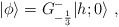
\begin{align*} \vert\phi\rangle=G^-_{-{1\over3}}\vert{h;0}\rangle{}~,\end{align*}